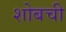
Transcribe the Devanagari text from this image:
शोबची